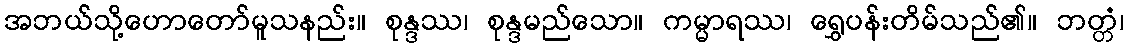
အဘယ်သို့ဟောတော်မူသနည်း။ စုန္ဒဿ၊ စုန္ဒမည်သော။ ကမ္မာရဿ၊ ရွှေပန်းတိမ်သည်၏။ ဘတ္တံ၊